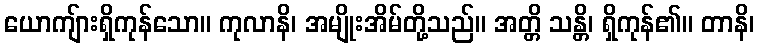
ယောကျ်ားရှိကုန်သော။ ကုလာနိ၊ အမျိုးအိမ်တို့သည်။ အတ္တိ သန္တိ၊ ရှိကုန်၏။ တာနိ၊